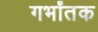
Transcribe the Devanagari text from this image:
गर्भांतक